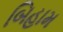
બિહામ